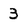
Character: 3